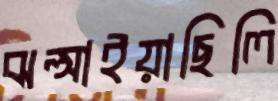
ঝল্‌সাইয়াছিলি